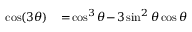
\begin{array} { r l } { \cos ( 3 \theta ) \! } & { { } = \! \cos ^ { 3 } \theta \! - \! 3 \sin ^ { 2 } \theta \cos \theta } \end{array}